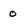
Character: 0